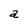
Character: a